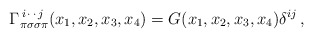
\begin{align*}\Gamma^{\,i\,\cdot\,\cdot\,j}_{\pi\sigma\sigma\pi}(x_1,x_2,x_3,x_4) = G(x_1,x_2,x_3,x_4)\delta^{ij}\,,\end{align*}